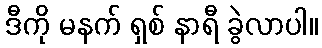
ဒီကို မနက် ရှစ် နာရီ ခွဲလာပါ။